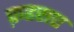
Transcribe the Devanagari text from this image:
फ़हराए